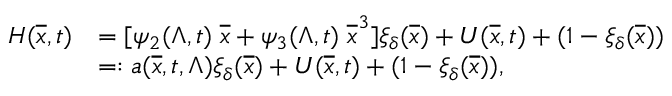
\begin{array} { r l } { H ( \overline { { x } } , t ) } & { = [ \psi _ { 2 } ( \Lambda , t ) \; \overline { { x } } + \psi _ { 3 } ( \Lambda , t ) \; \overline { { x } } ^ { 3 } ] \xi _ { \delta } ( \overline { { x } } ) + U ( \overline { { x } } , t ) + ( 1 - \xi _ { \delta } ( \overline { { x } } ) ) } \\ & { = : a ( \overline { { x } } , t , \Lambda ) \xi _ { \delta } ( \overline { { x } } ) + U ( \overline { { x } } , t ) + ( 1 - \xi _ { \delta } ( \overline { { x } } ) ) , } \end{array}